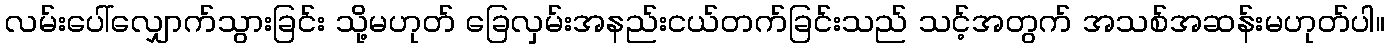
လမ်းပေါ်လျှောက်သွားခြင်း သို့မဟုတ် ခြေလှမ်းအနည်းငယ်တက်ခြင်းသည် သင့်အတွက် အသစ်အဆန်းမဟုတ်ပါ။